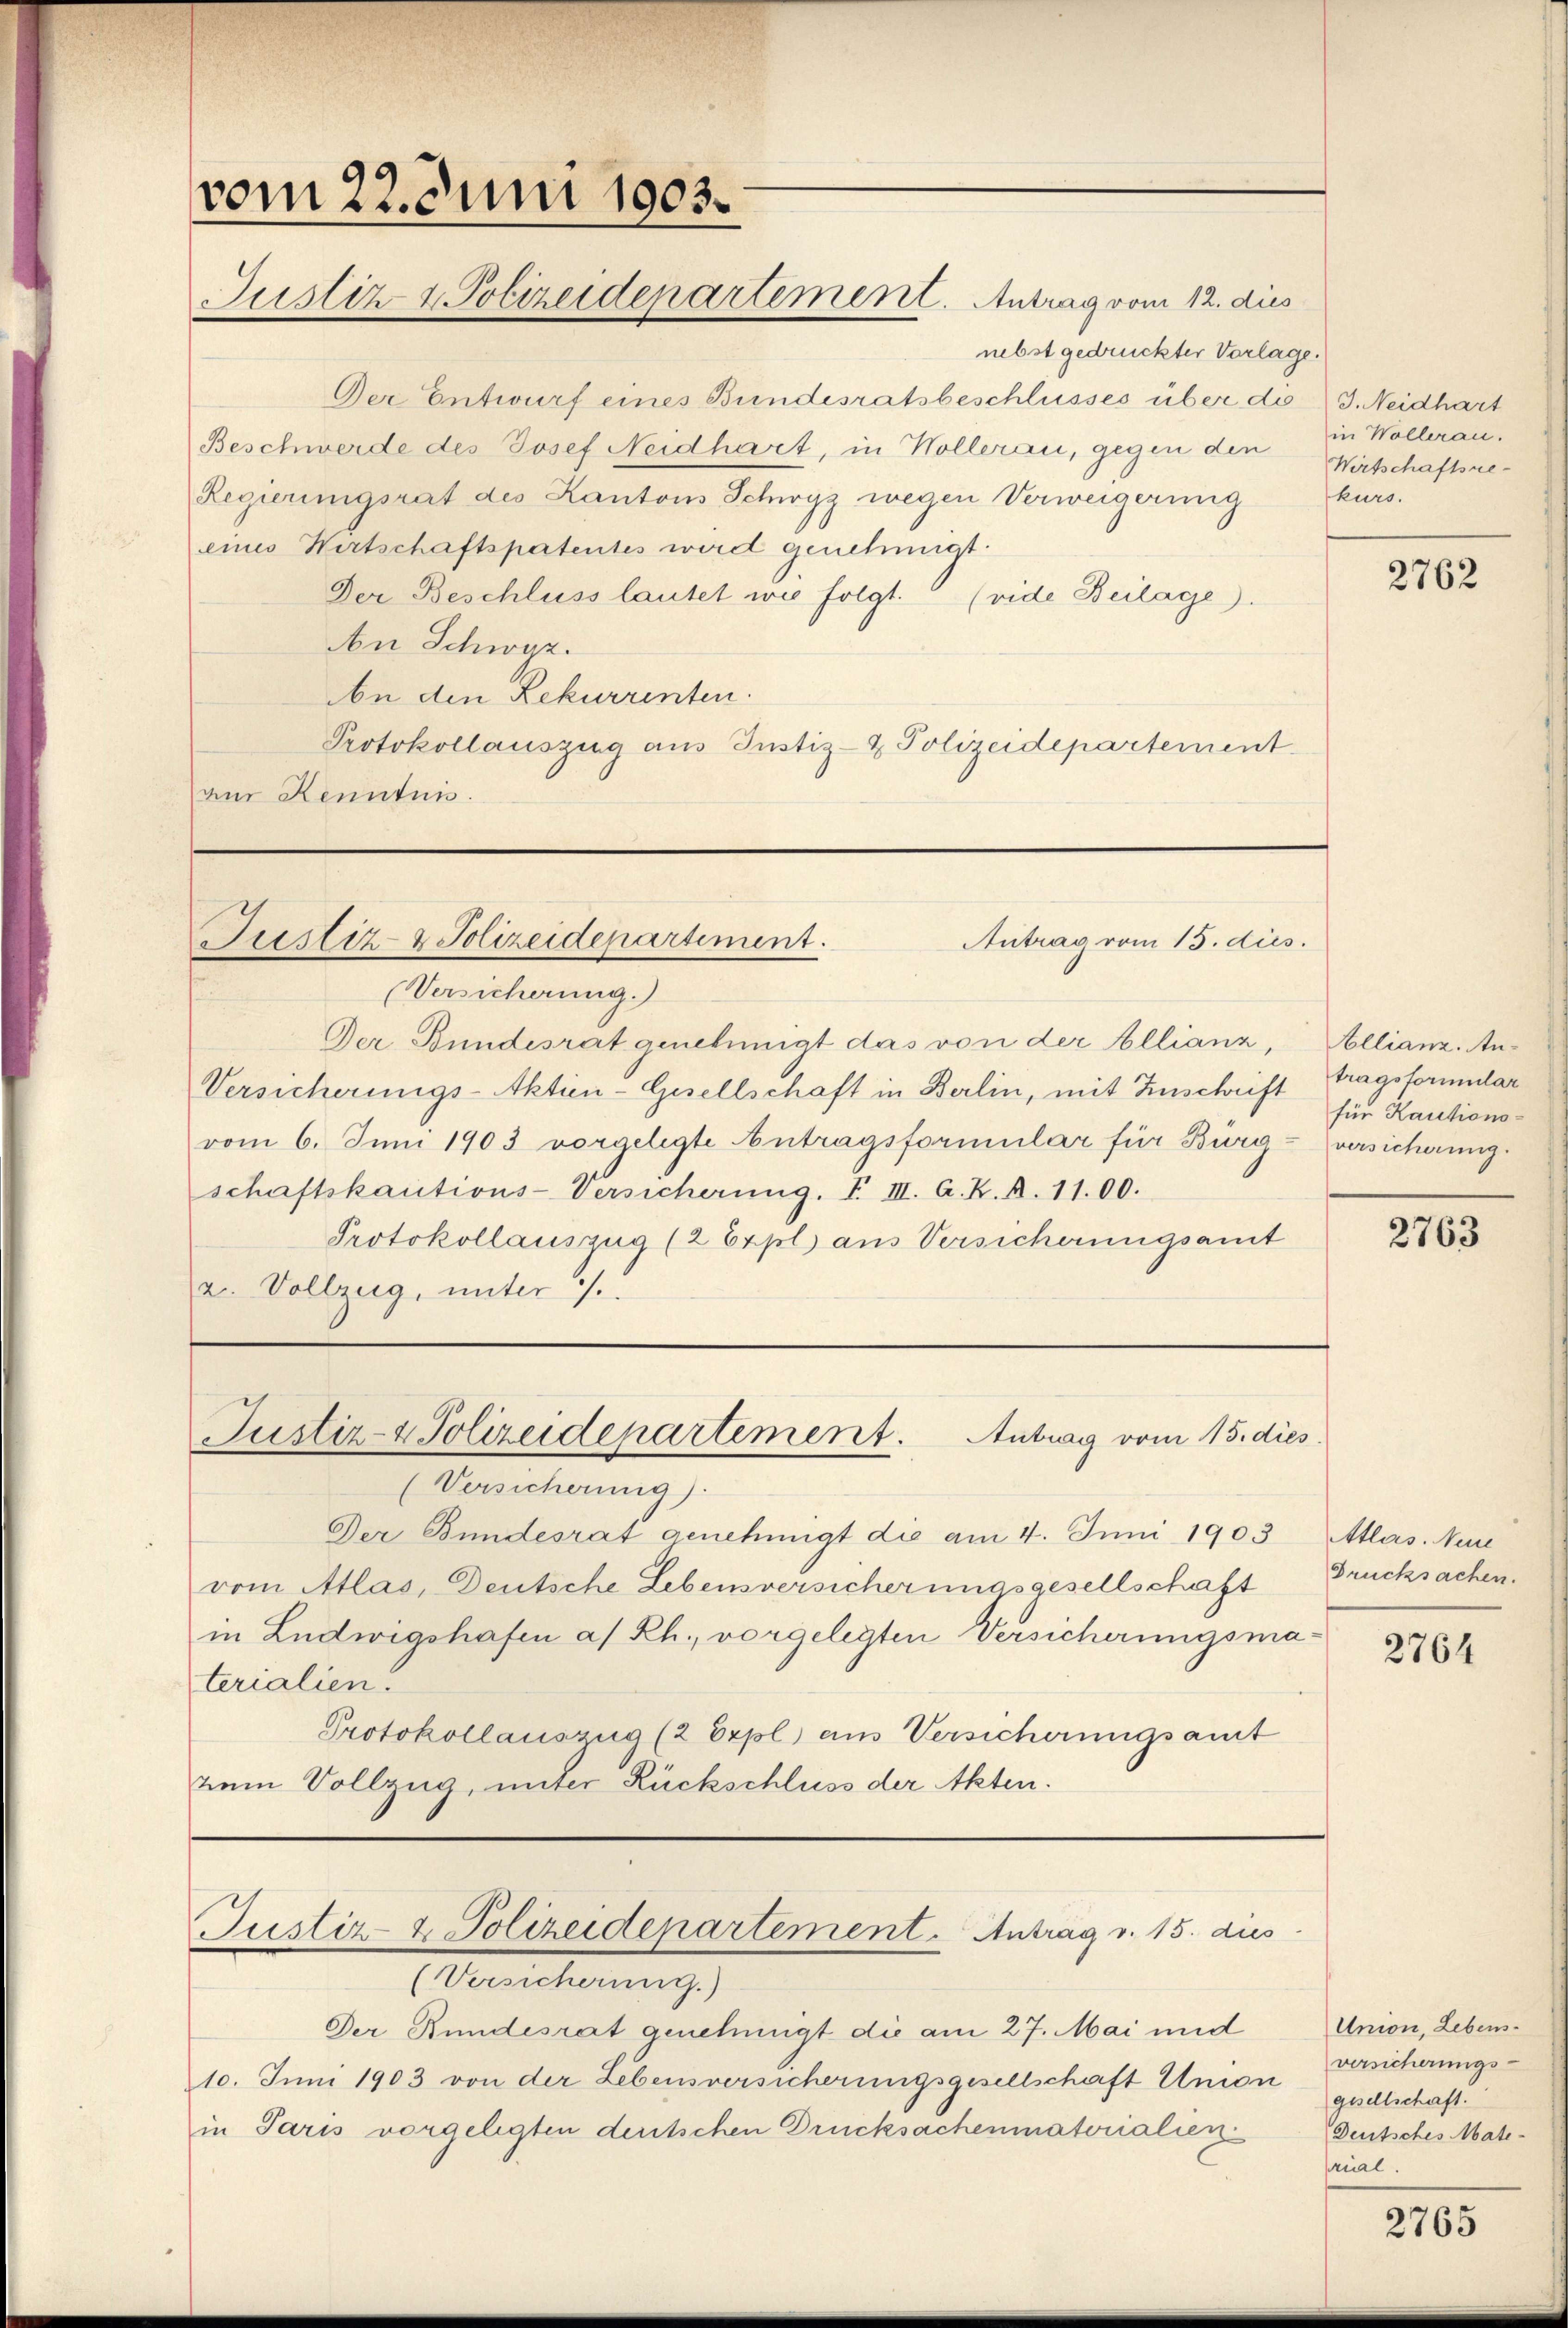
vom 22. Juni 1903.
Justiz & Polizeidepartement. Antrag vom 12. dies

nebst gedruckter Vorlage.
Der Entwurf eines Bundesratsbeschlusses über d. J. Neidhart
Beschwerde des Josef Neidhart, in Wollerau, gegen den
Regierungsrat des Kantons Schwyz wegen Verweigerung
eines Wirtschaftspatentes wird genehmigt.
Der Beschluss lautet wie folgt. (vide Beilage).
An Schwyz.
An den Rekurrenten.
Protokollauszug aus Justiz- & Polizeidepartement
aur Kenntnis.

Justiz- & Polizeidepartement.

(Versicherung.)
Der Bundesrat genehmigt das von der Allianz,
Versicherungs-Aktien-Gesellschaft in Berlin, mit Zuschrift tragsformular
vom 6. Juni 1903 vorgelegte Antragsformular für Burg-versicherung.
schaftskautions-Versicherung. I. III. A. K. A. 1100.
Protokollauszug (2 Expl. aus Versicherungsamt
z. Vollzug, unter /.

Antrag vom 15. dies

(Versicherung).
Der Bundesrat genehmigt die am 4. Juni 1903
vom Atlas, Deutsche Lebensversicherungsgesellschaft
in Ludwigshafen a/Rh., vorgelegten Versicherungsmaterialien.
Protokollauszug (2 Orpl) aus Versicherungsamt
vem Vollzug, unter Rückschluss der Akten.

Justiz- & Polizeidepartement.
Antrag vom 15. dies

(Versicherung.)
Der Rundesrat genehmigt die am 27. Mai und
10. Juni 1903 von der Lebensversicherungsgesellschaft Union
in Paris vorgelegten deutschen Drucksachenmatorialien

Justiz- & Polizeidepartement. Antrag v. 15. dies

in Wollerau.
Wirtschaftsrekurs.

2762

Allianz. Anfür Kautions-

2763

Atlas. Neue
Drucksachen.

2764

Union, Lebensversicherungs-
gesellschaft.
Deutsches Mate-
rial.

2765